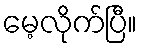
မေ့လိုက်ပြီ။